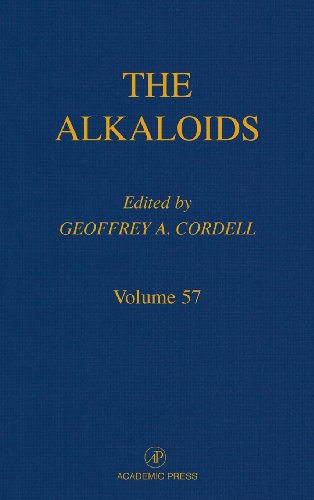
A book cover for Chemistry and Biology, Volume 57 (The Alkaloids); Science & Math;